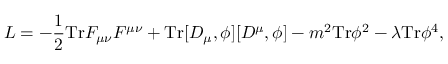
{ \cal L } = - \frac { 1 } { 2 } \mathrm { T r } F _ { \mu \nu } F ^ { \mu \nu } + \mathrm { T r } [ D _ { \mu } , \phi ] [ D ^ { \mu } , \phi ] - m ^ { 2 } \mathrm { T r } \phi ^ { 2 } - \lambda \mathrm { T r } \phi ^ { 4 } ,